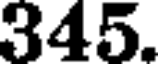
345.